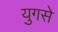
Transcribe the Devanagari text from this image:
युगसे